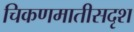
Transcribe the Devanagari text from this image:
चिकणमातीसदृश